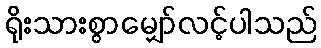
ရိုးသားစွာမျှော်လင့်ပါသည်